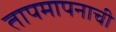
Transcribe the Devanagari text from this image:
तापमापनाची